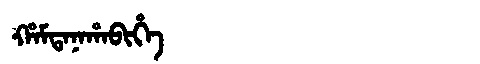
Manchu: ᡥᠠᠮᡨᠠᠨᠠᡥᠠᠪᡳᡥᡝ
Romanization: HAMTANAHABIHE